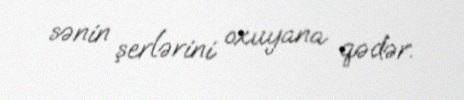
sənin şerlərini oxuyana qədər.